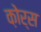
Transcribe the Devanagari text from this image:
क़ोर्स